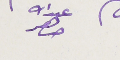
عبدالله ضاهر